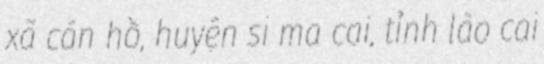
xã cán hồ, huyện si ma cai, tỉnh lào cai